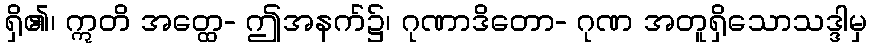
ရှိ၏၊ ဣတိ အတ္ထေ- ဤအနက်၌၊ ဂုဏာဒိတော- ဂုဏ အတူရှိသောသဒ္ဒါမှ